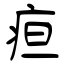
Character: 疸